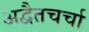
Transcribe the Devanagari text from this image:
अद्वैतचर्चा